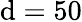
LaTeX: \mathrm{d}=50